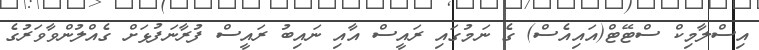
އިސްލާމިކް ސްޓޭޓް(އައިއެސް) ގެ ނަމުގައި ރައީސް އާއި ނައިބު ރައީސް ފުރާނަފުޅަށް ގެއްލުންވާވަރުގެ